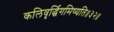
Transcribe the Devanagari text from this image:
कलिवृर्द्धिगमिष्यति॥३२॥